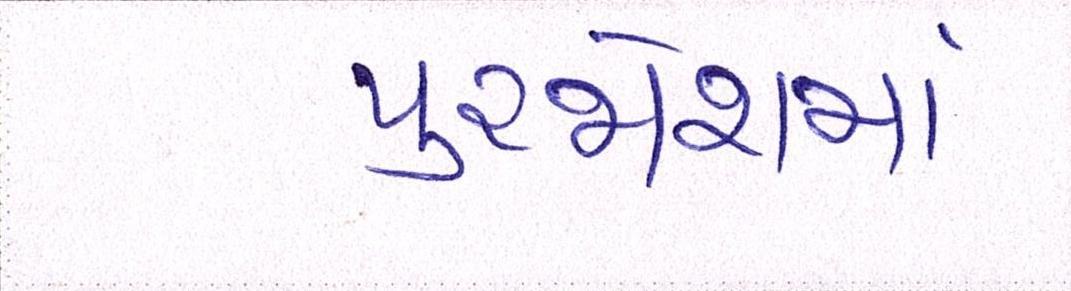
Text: પુરજોશમાં